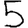
Digit: 5